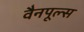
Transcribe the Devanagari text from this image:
वैनपूल्स